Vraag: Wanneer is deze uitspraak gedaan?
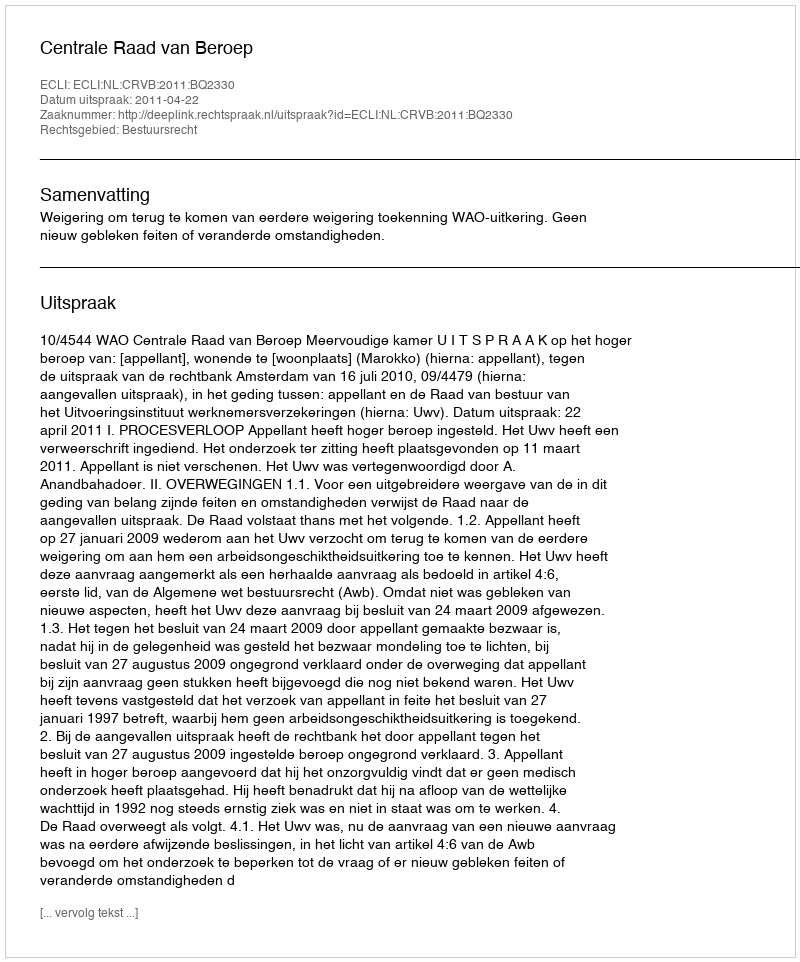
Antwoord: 2011-04-22